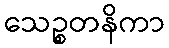
သေဉ္စတနိကာ